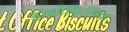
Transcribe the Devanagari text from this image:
ड्रोसोफिलिया